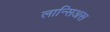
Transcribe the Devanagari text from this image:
लान्सिअस